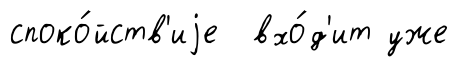
споко́йств'иjе вхо́д'ит уже